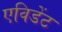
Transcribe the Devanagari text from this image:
एविडेंट